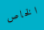
الخاص